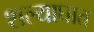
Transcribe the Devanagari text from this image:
शल्याघात